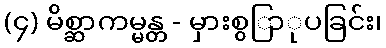
(၄) မိစ္ဆာကမ္မန္တ - မှားစွြာုပခြင်း၊